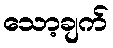
သော့ချက်